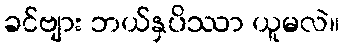
ခင်ဗျား ဘယ်နှပိဿာ ယူမလဲ။